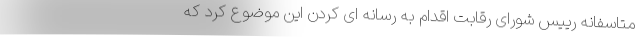
متاسفانه رییس شورای رقابت اقدام به رسانه ای کردن این موضوع کرد که